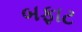
બફાટ